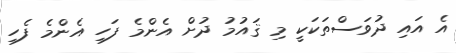
އެ އައި ދުވަސްތަކަކީ މި ޤައުމު ދުށް އެންމެ ފަހި އެންމެ ފެހި